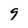
Character: 9